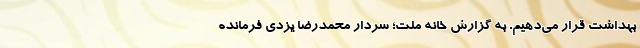
بهداشت قرار می‌دهیم. به گزارش خانه ملت؛ سردار محمدرضا یزدی فرمانده